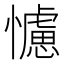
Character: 𢣿